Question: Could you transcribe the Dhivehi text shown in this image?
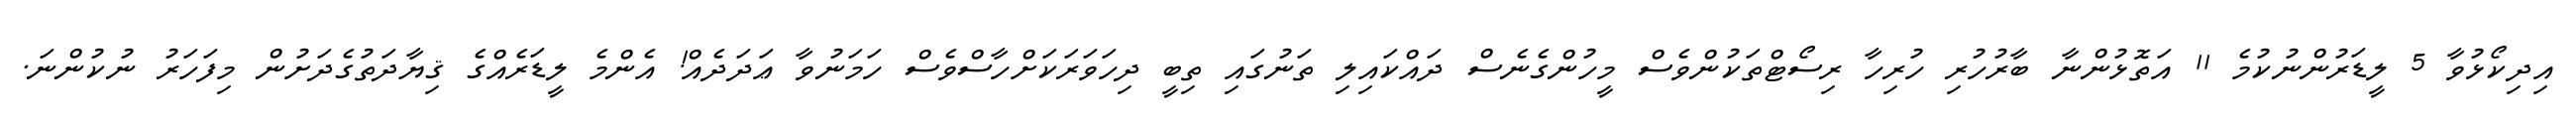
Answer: އިދިކޯޅުވާ 5 ލީޑަރުންނުކުމެ 11 އަތޮޅުންނާ ބާރުހުރި ހުރިހާ ރިސޯޓްތަކުންވެސް މީހުންގެނެސް ދައްކައިލި ތަނުގައި ތިބީ ދިހަވަރަކަށްހާސްވެސް ހަމަނުވާ ޢަދަދެއް! އެންމެ ލީޑަރެއްގެ ޤިޔާދަތުގެދަށުން މިފަހަރު ނުކުންނަ.